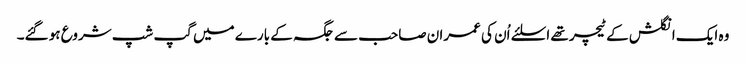
وہ ایک انگلش کے ٹیچر تھے اسلئے اُن کی عمران صاحب سے جگہ کے بارے میں گپ شپ شروع ہو گئے۔